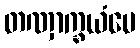
တဏှာက္ခယံပေ